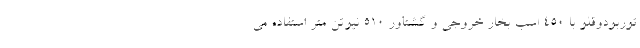
توربودوقلو با 450 اسب بخار خروجی و گشتاور 510 نیوتن متر استفاده می